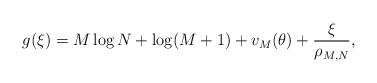
LaTeX: \begin{align*} g(\xi) = M \log N + \log(M+1) + v_M(\theta) + \frac{\xi}{\rho_{M, N}}, \end{align*}